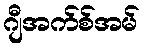
ဂျီအက်စ်အမ်